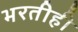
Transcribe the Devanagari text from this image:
भरतीही